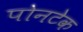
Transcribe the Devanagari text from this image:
पोनटेक